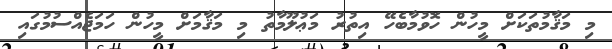
މި މަޤާމުތަކަށް މީހުން ހޮވުމާބެހޭ އިތުރު މަޢުލޫމާތު މި މަޤާމަށް މީހުން ހަމަޖެއްސުމުގައި